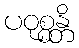
ပဝုစ္စန္တိ